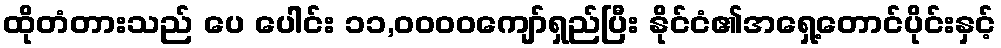
ထိုတံတားသည် ပေ ပေါင်း ၁၁,၀၀၀၀ကျော်ရှည်ပြီး နိုင်ငံ၏အရှေ့တောင်ပိုင်းနှင့်